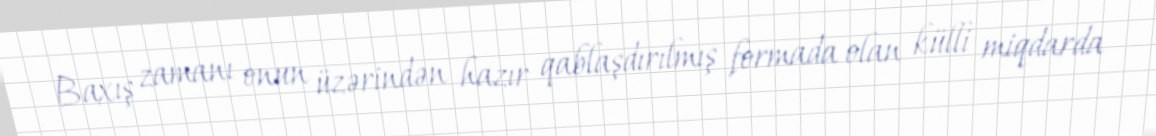
Baxış zamanı onun üzərindən hazır qablaşdırılmış formada olan külli miqdarda